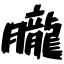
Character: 朧